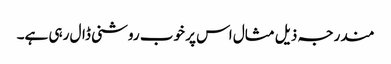
مندرجہ ذیل مثال اس پر خوب روشنی ڈال رہی ہے۔